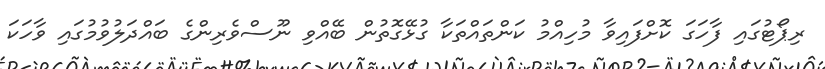
ރިޕޯޓުގައި ފާހަގަ ކޮށްފައިވާ މުހިއްމު ކަންތައްތަކާ ގުޅޭގޮތުން ބޭއްވި ނޫސްވެރިންގެ ބައްދަލުވުމުގައި ވާހަކަ